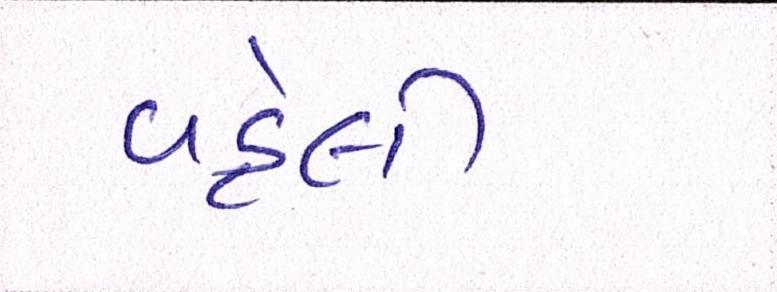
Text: વહેલી